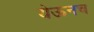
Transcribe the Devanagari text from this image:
येऊनच